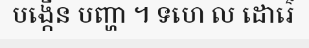
បង្កើន បញ្ហា ។ ទហេ ល ដោរ៌េ